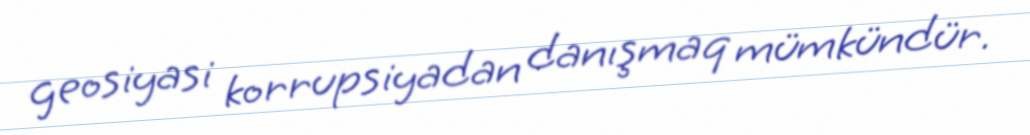
geosiyasi korrupsiyadan danışmaq mümkündür.